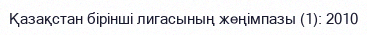
Қазақстан бірінші лигасының жеңімпазы (1): 2010